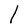
Character: l